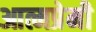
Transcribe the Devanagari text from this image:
आत्मप्रेमी